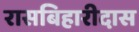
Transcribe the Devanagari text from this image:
रासबिहारीदास